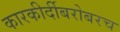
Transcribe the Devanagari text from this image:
कारकीर्दीबरोबरच